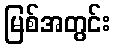
မြစ်အတွင်း